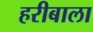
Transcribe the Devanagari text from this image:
हरीबाला